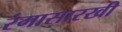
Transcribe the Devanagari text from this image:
रंगासारखी